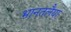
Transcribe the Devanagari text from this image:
भानतलैया